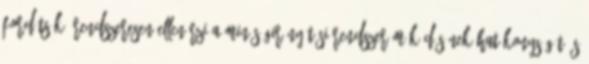
fordítsák, rendszeresen ellenőrzi a minőségirányítási rendszer működésének hatékonyságát és